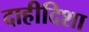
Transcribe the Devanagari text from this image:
दाहीदिशा